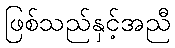
ဖြစ်သည်နှင့်အညီ